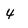
Character: 4